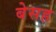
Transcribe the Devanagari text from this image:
बेसह